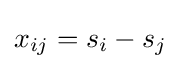
x_{ij}=s_{i}-s_{j}